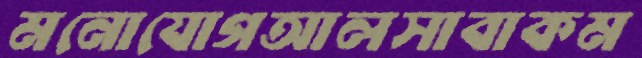
মনোযোগআলসাবাকম